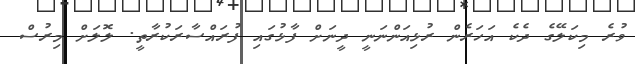
ވުރެ މިކަލޭގެ ދެކެ އަހަރެން ރުޅިއަންނަނީ ދީނަށް ފާޅުގައި ފުރައްސާރަކުރާތީ. ލޮލަށް މިރުސް